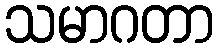
သမာဂတာ